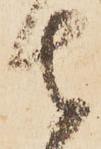
者